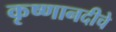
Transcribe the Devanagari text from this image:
कृष्णानदीचे